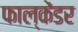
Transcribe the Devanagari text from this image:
फाल्केंडर